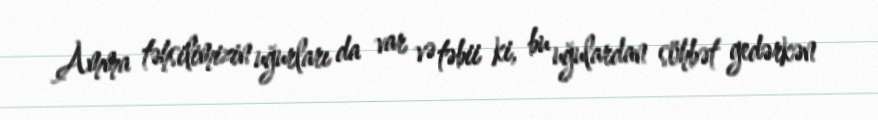
Amma təhsilimizin uğurları da var və təbii ki, bu uğulardan söhbət gedərkən